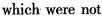
which were not